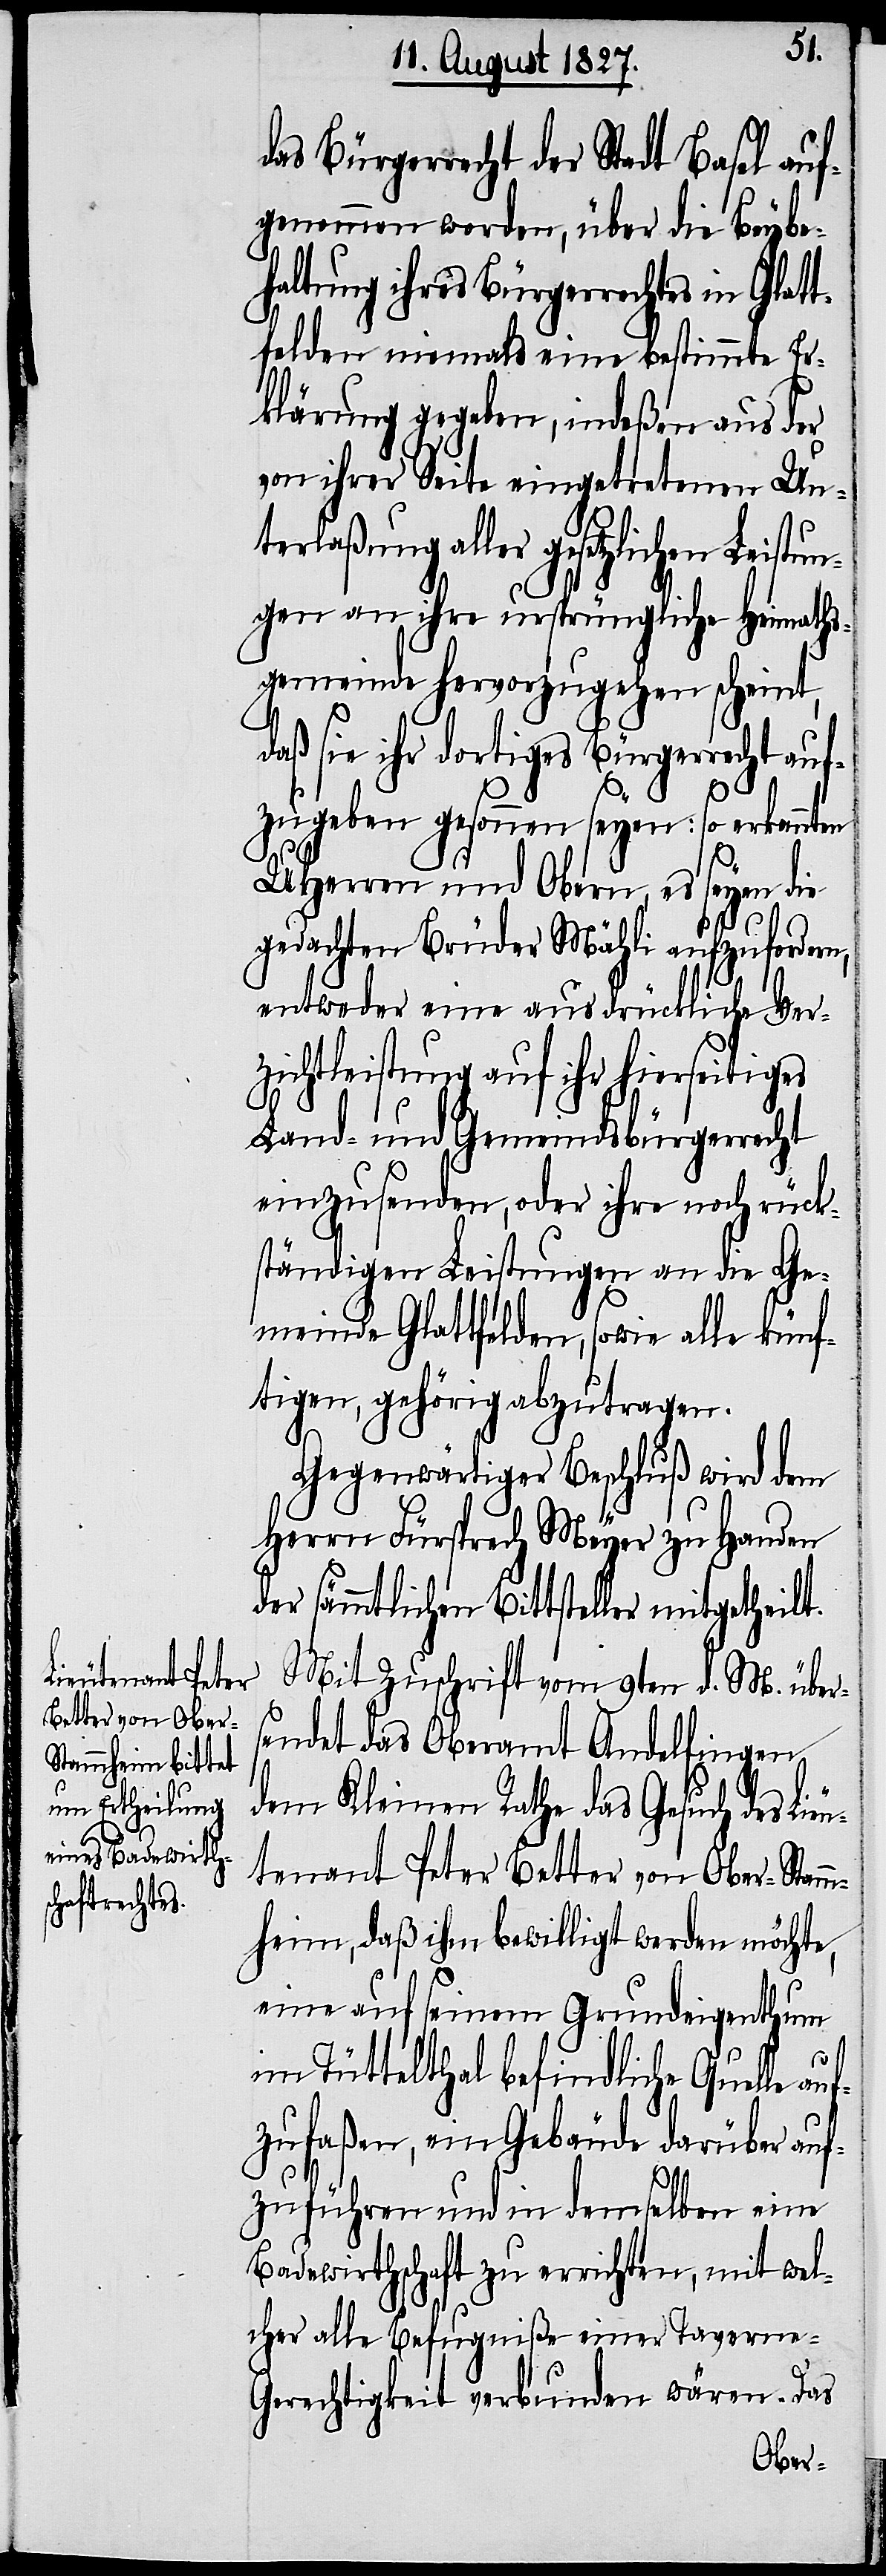
ler mitgethe¬

das Bürgerrecht der Stadt Basel auf¬
genommen worden, über die Beybe¬
haltung ihres Bürgerrechtes in Glat¬
tfelden niemals eine bestimmte Er¬
klärung gegeben, indeßen aus der
von ihrer Seite eingetretenen Un¬
terlaßung aller gesetzlichen Leistun¬
gen an ihre ursprüngliche Heimaths¬
gemeinde hervorzugehen scheint,
daß sie ihr dortiges Bürgerrecht auf¬
n,
zugeben gesonnen seyen: so erkannten
UHHerren und Obern, es seyen die
gedachten Brüder Mähli aufzuforder¬
entweder eine ausdrückliche Ver¬
zichtleistung auf ihr hierseitiges
Land- und Gemeindsbürgerrecht
einzusenden, oder ihre noch rück¬
ständigen Leistungen an die Ge¬
meinde Glattfelden, sowie alle künf¬
tigen, gehörig abzutragen.
Gegenwärtiger Beschluß wird dem
Herrn Fürsprech Meyer zu Handen
er sämmtlichen Bittstel¬
Mit Zuschrift vom 9ten d. M. über¬
sendet das Oberamt Andelfingen
dem Kleinen Rath das Gesuch des Lie¬
utenant Peter Better von Ober-Stamm¬
heim, daß ihm bewilligt werden möchte,
eine auf seinem Grundeigenthum
im Tüttelthal befindliche Quelle auf¬
zufaßen, ein Gebäude darüber auf¬
ilt.
zuführen und in demselben eine
Badewirthschaft zu errichten, mit wel¬
cher alle Befugniße einer Tavern¬
d¬
e-Gerechtigkeit verbunden wären. Das